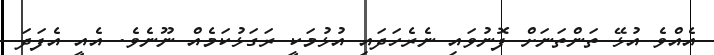
އެއްވެ އުޅޭ ތަންތަނަށް ފޮނުވައި ނެރެހަދައި އުޅުމަކީ ރަގަޅުކަމެއް ނޫނެވެ. އެއީ އެފަދަ